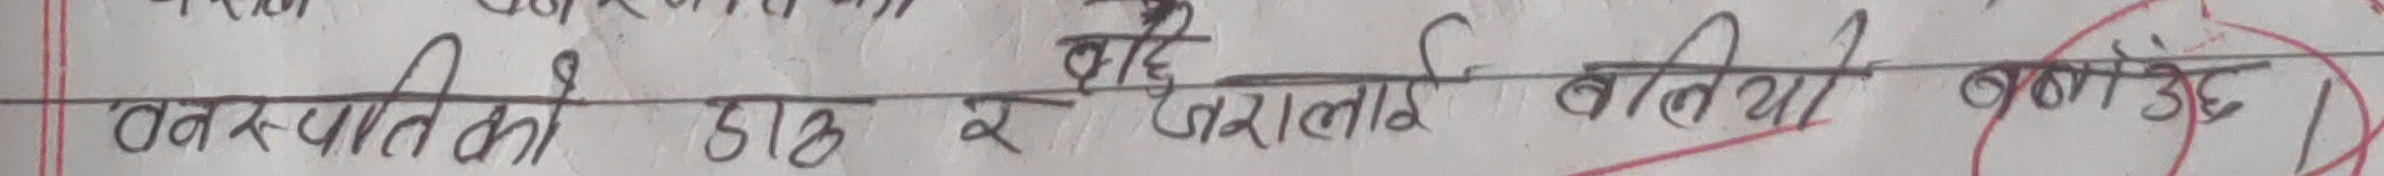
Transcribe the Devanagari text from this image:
वनस्पति की डाली २ जरालाई बोलिया बनाउनु छ।